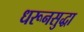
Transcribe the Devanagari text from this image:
धरूनसुद्धा